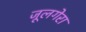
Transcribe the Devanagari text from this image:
जूलगेरा